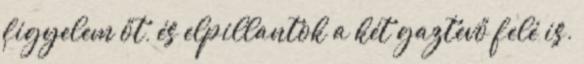
figyelem őt, és elpillantok a két gaztevő felé is.